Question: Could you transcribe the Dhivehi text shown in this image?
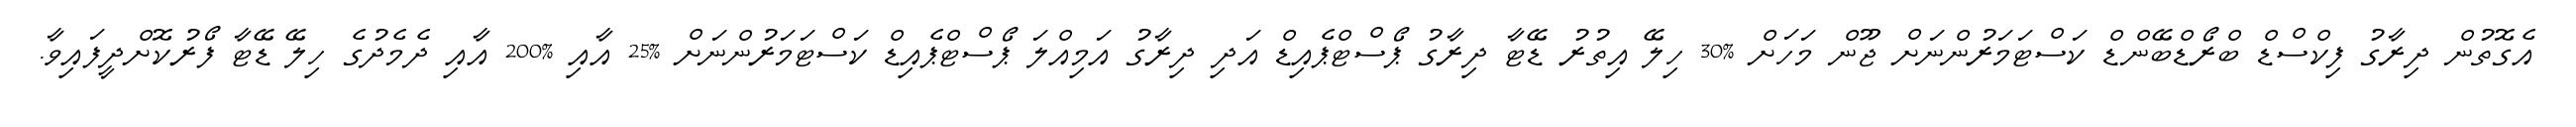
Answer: އެގޮތުން ދިރާގު ފިކްސްޑް ބްރޯޑްބޭންޑް ކަސްޓަމަރުންނަށް ޖޫން މަހަށް %30 ހިލޭ އިތުރު ޑޭޓާ ދިރާގު ޕޯސްޓްޕެއިޑް އަދި ދިރާގު އަމިއްލަ ޕޯސްޓްޕެއިޑް ކަސްޓަމަރުންނަށް %25 އާއި %200 އާއި ދެމެދުގެ ހިލޭ ޑޭޓާ ފޯރުކޮށްދީފައިވާ.